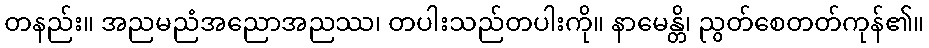
တနည်း။ အညမညံအညောအညဿ၊ တပါးသည်တပါးကို။ နာမေန္တိ၊ ညွတ်စေတတ်ကုန်၏။